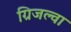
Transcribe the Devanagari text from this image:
ग्रिजल्वा